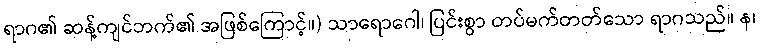
ရာဂ၏ ဆန့်ကျင်ဘက်၏ အဖြစ်ကြောင့်။) သာရောဂေါ၊ ပြင်းစွာ တပ်မက်တတ်သော ရာဂသည်။ န၊